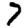
Digit: 7